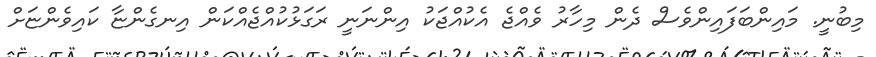
މިބުނީ. މައިންބަފައިންވެސް ދެން މިހާރު ވެއްޖެ އެކުއްޖަކު އިންނަނީ ރަގަޅުކުއްޖެއްކަން އިނގެންޏާ ކައިވެންޏަށް